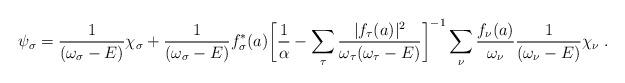
LaTeX: \begin{align*}\psi_{\sigma} = \frac{1}{(\omega_{\sigma} -E)}\chi_{\sigma} + \frac{1}{ (\omega_{\sigma}-E)} f^*_{\sigma}(a) \bigg[\frac1{\alpha}- \sum_{\tau} \frac{|f_{\tau}(a)|^2}{\omega_{\tau}(\omega_{\tau}-E)}\bigg]^{-1}\sum_{\nu} \frac{f_{\nu}(a) }{\omega_{\nu}}\frac{1}{(\omega_{\nu}-E)}\chi_{\nu} \;.\end{align*}